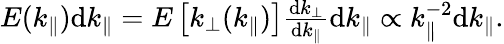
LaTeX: \begin{array}{r}{E(k_{\parallel})\mathrm{d}k_{\parallel}=E\left[k_{\perp}(k_{\parallel})\right]\frac{\mathrm{d}k_{\perp}}{\mathrm{d}k_{\parallel}}\mathrm{d}k_{\parallel}\propto k_{\parallel}^{-2}\mathrm{d}k_{\parallel}.}\end{array}